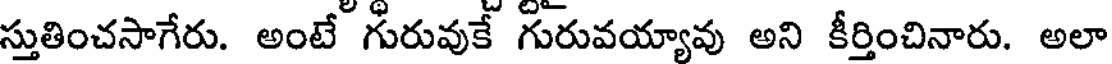
స్తుతించసాగేరు. అంటే గురువుకే గురువయ్యావు అని కీర్తించినారు. అలా